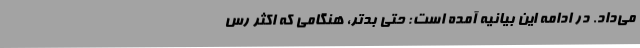
می‌داد. در ادامه این بیانیه آمده است: حتی بدتر، هنگامی که اکثر رس